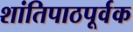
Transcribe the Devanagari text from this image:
शांतिपाठपूर्वक